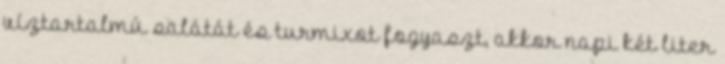
víztartalmú salátát és turmixot fogyaszt, akkor napi két liter